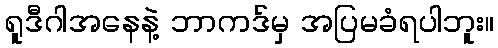
ရူဒီဂါအနေနဲ့ ဘာကဒ်မှ အပြမခံရပါဘူး။